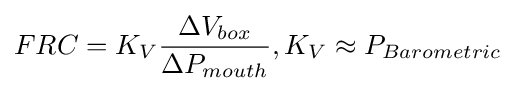
FRC=K_{V}{\frac {\Delta V_{box}}{\Delta P_{mouth}}},K_{V}\approx P_{Barometric}